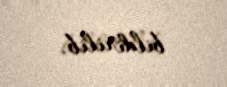
bildirilib.